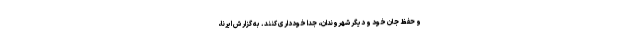
و حفظ جان خود و دیگر شهروندان، جداً خودداری کنند. به گزارش ایرنا،